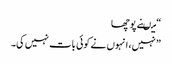
“ میںنے پوچھا
” نہیں، انہوں نے کوئی بات نہیں کی۔